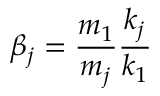
\beta _ { j } = \frac { m _ { 1 } } { m _ { j } } \frac { k _ { j } } { k _ { 1 } }